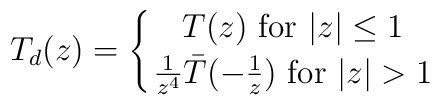
T_d(z) = \left\{ {T(z) \ {\rm for} \ \vert z \vert \leq 1 }\atop { {1 \over { z^4} } \bar T(-{1 \over z}) \ {\rm for} \ \vert z\vert >1  }\right. \